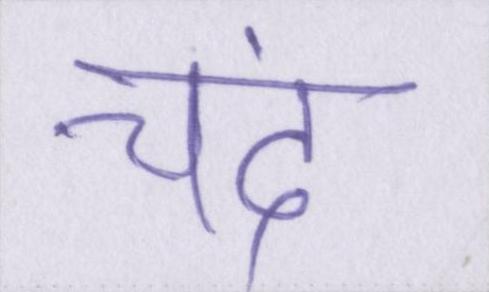
चंद